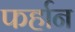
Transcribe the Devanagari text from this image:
फर्हान